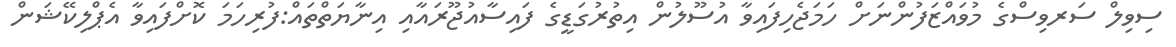
ސިވިލް ސަރވިސްގެ މުވައްޒަފުންނަށް ހަމަޖެހިފައިވާ އުސޫލުން އިތުރުގަޑީގެ ފައިސާއުޖޫރައާއި އިނާޔަތްތައް:ފުރިހަމަ ކޮށްފައިވާ އެޕްލިކޭޝަން